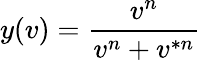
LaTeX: y(v)=\frac{v^{n}}{v^{n}+v^{\ast n}}